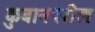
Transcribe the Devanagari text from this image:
कुबानवरील